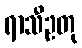
ရာသီဥတု